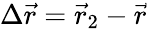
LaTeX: \Delta\vec{r}=\vec{r}_{2}-\vec{r}